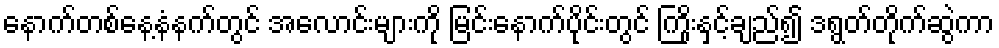
နောက်တစ်နေ့နံနက်တွင် အလောင်းများကို မြင်းနောက်ပိုင်းတွင် ကြိုးနှင့်ချည်၍ ဒရွတ်တိုက်ဆွဲကာ